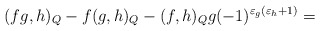
\begin{align*}(fg,h)_{Q}-f(g,h)_{Q}-(f,h)_{Q}g(-1)^{\varepsilon_{g}(\varepsilon_{h}+1)}=\end{align*}